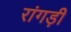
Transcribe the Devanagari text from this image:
रांगड़ी